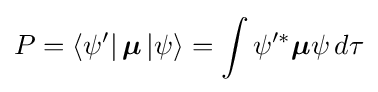
P=\left\langle \psi '\right|{\boldsymbol {\mu }}\left|\psi \right\rangle =\int {\psi '^{*}}{\boldsymbol {\mu }}\psi \,d\tau